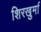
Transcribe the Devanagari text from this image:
शिरखुर्मा